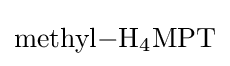
{\ce {methyl-H4MPT}}